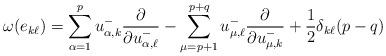
LaTeX: \begin{align*} \omega(e_{k \ell})=\sum_{\alpha=1}^p u_{\alpha,k}^-\frac{\partial}{\partial u_{\alpha,\ell}^-}-\sum_{\mu=p+1}^{p+q} u_{\mu,\ell}^-\frac{\partial}{\partial u_{\mu,k}^-}+\frac{1}{2}\delta_{k\ell}(p-q) \end{align*}